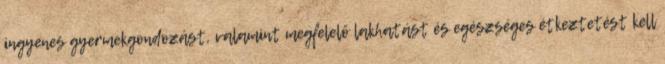
ingyenes gyermekgondozást, valamint megfelelő lakhatást és egészséges étkeztetést kell